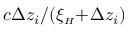
c \Delta z _ { i } / ( \xi _ { { \scriptscriptstyle H } } \! + \! \Delta z _ { i } )